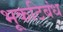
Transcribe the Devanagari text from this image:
भूकटिबंध